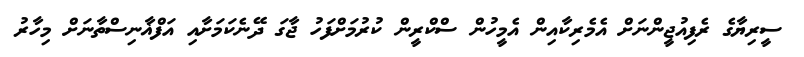
ސީރިޔާގެ ރެފިއުޖީންނަށް އެމެރިކާއިން އެމީހުން ސްކްރީން ކުރުމަށްފަހު ޖާގަ ދޭނެކަމަށާއި އަފްޣާނިސްތާނަށް މިހާރު